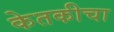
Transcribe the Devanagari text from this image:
केतकीचा